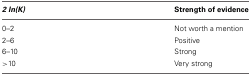
<table><thead><tr><td><b><i>2 ln(K)</i></b></td><td><b>Strength of evidence</b></td></tr></thead><tbody><tr><td>0–2</td><td>Not worth a mention</td></tr><tr><td>2–6</td><td>Positive</td></tr><tr><td>6–10</td><td>Strong</td></tr><tr><td>&gt;10</td><td>Very strong</td></tr></tbody></table>